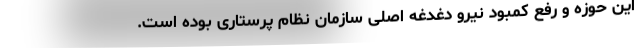
این حوزه و رفع کمبود نیرو دغدغه اصلی سازمان نظام پرستاری بوده است.